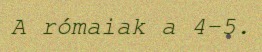
A rómaiak a 4–5.